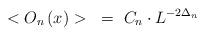
LaTeX: \begin{align*}<O_{n}\left( x \right)>~=~C_ {n}\cdot{L^{-2\Delta_{n}}}\end{align*}